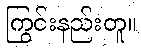
ကြွင်းနည်းတူ။